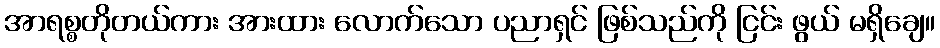
အာရစ္စတိုတယ်ကား အားထား လောက်သော ပညာရှင် ဖြစ်သည်ကို ငြင်း ဖွယ် မရှိချေ။